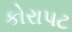
કોરાપટ